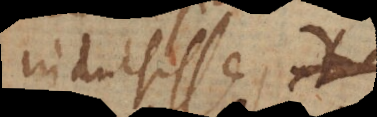
indulsisse, ut